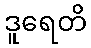
ဒူရေတိ